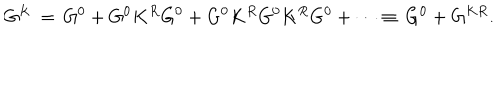
G ^ { K } \, = \, G ^ { 0 } + G ^ { 0 } K ^ { R } G ^ { 0 } + G ^ { 0 } K ^ { R } G ^ { 0 } K ^ { R } G ^ { 0 } + \cdots \equiv \, G ^ { 0 } + G ^ { K R } .